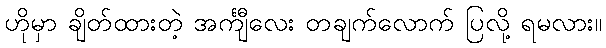
ဟိုမှာ ချိတ်ထားတဲ့ အင်္ကျီလေး တချက်လောက် ပြလို့ ရမလား။